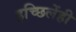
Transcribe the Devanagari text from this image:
इच्छिलेंही